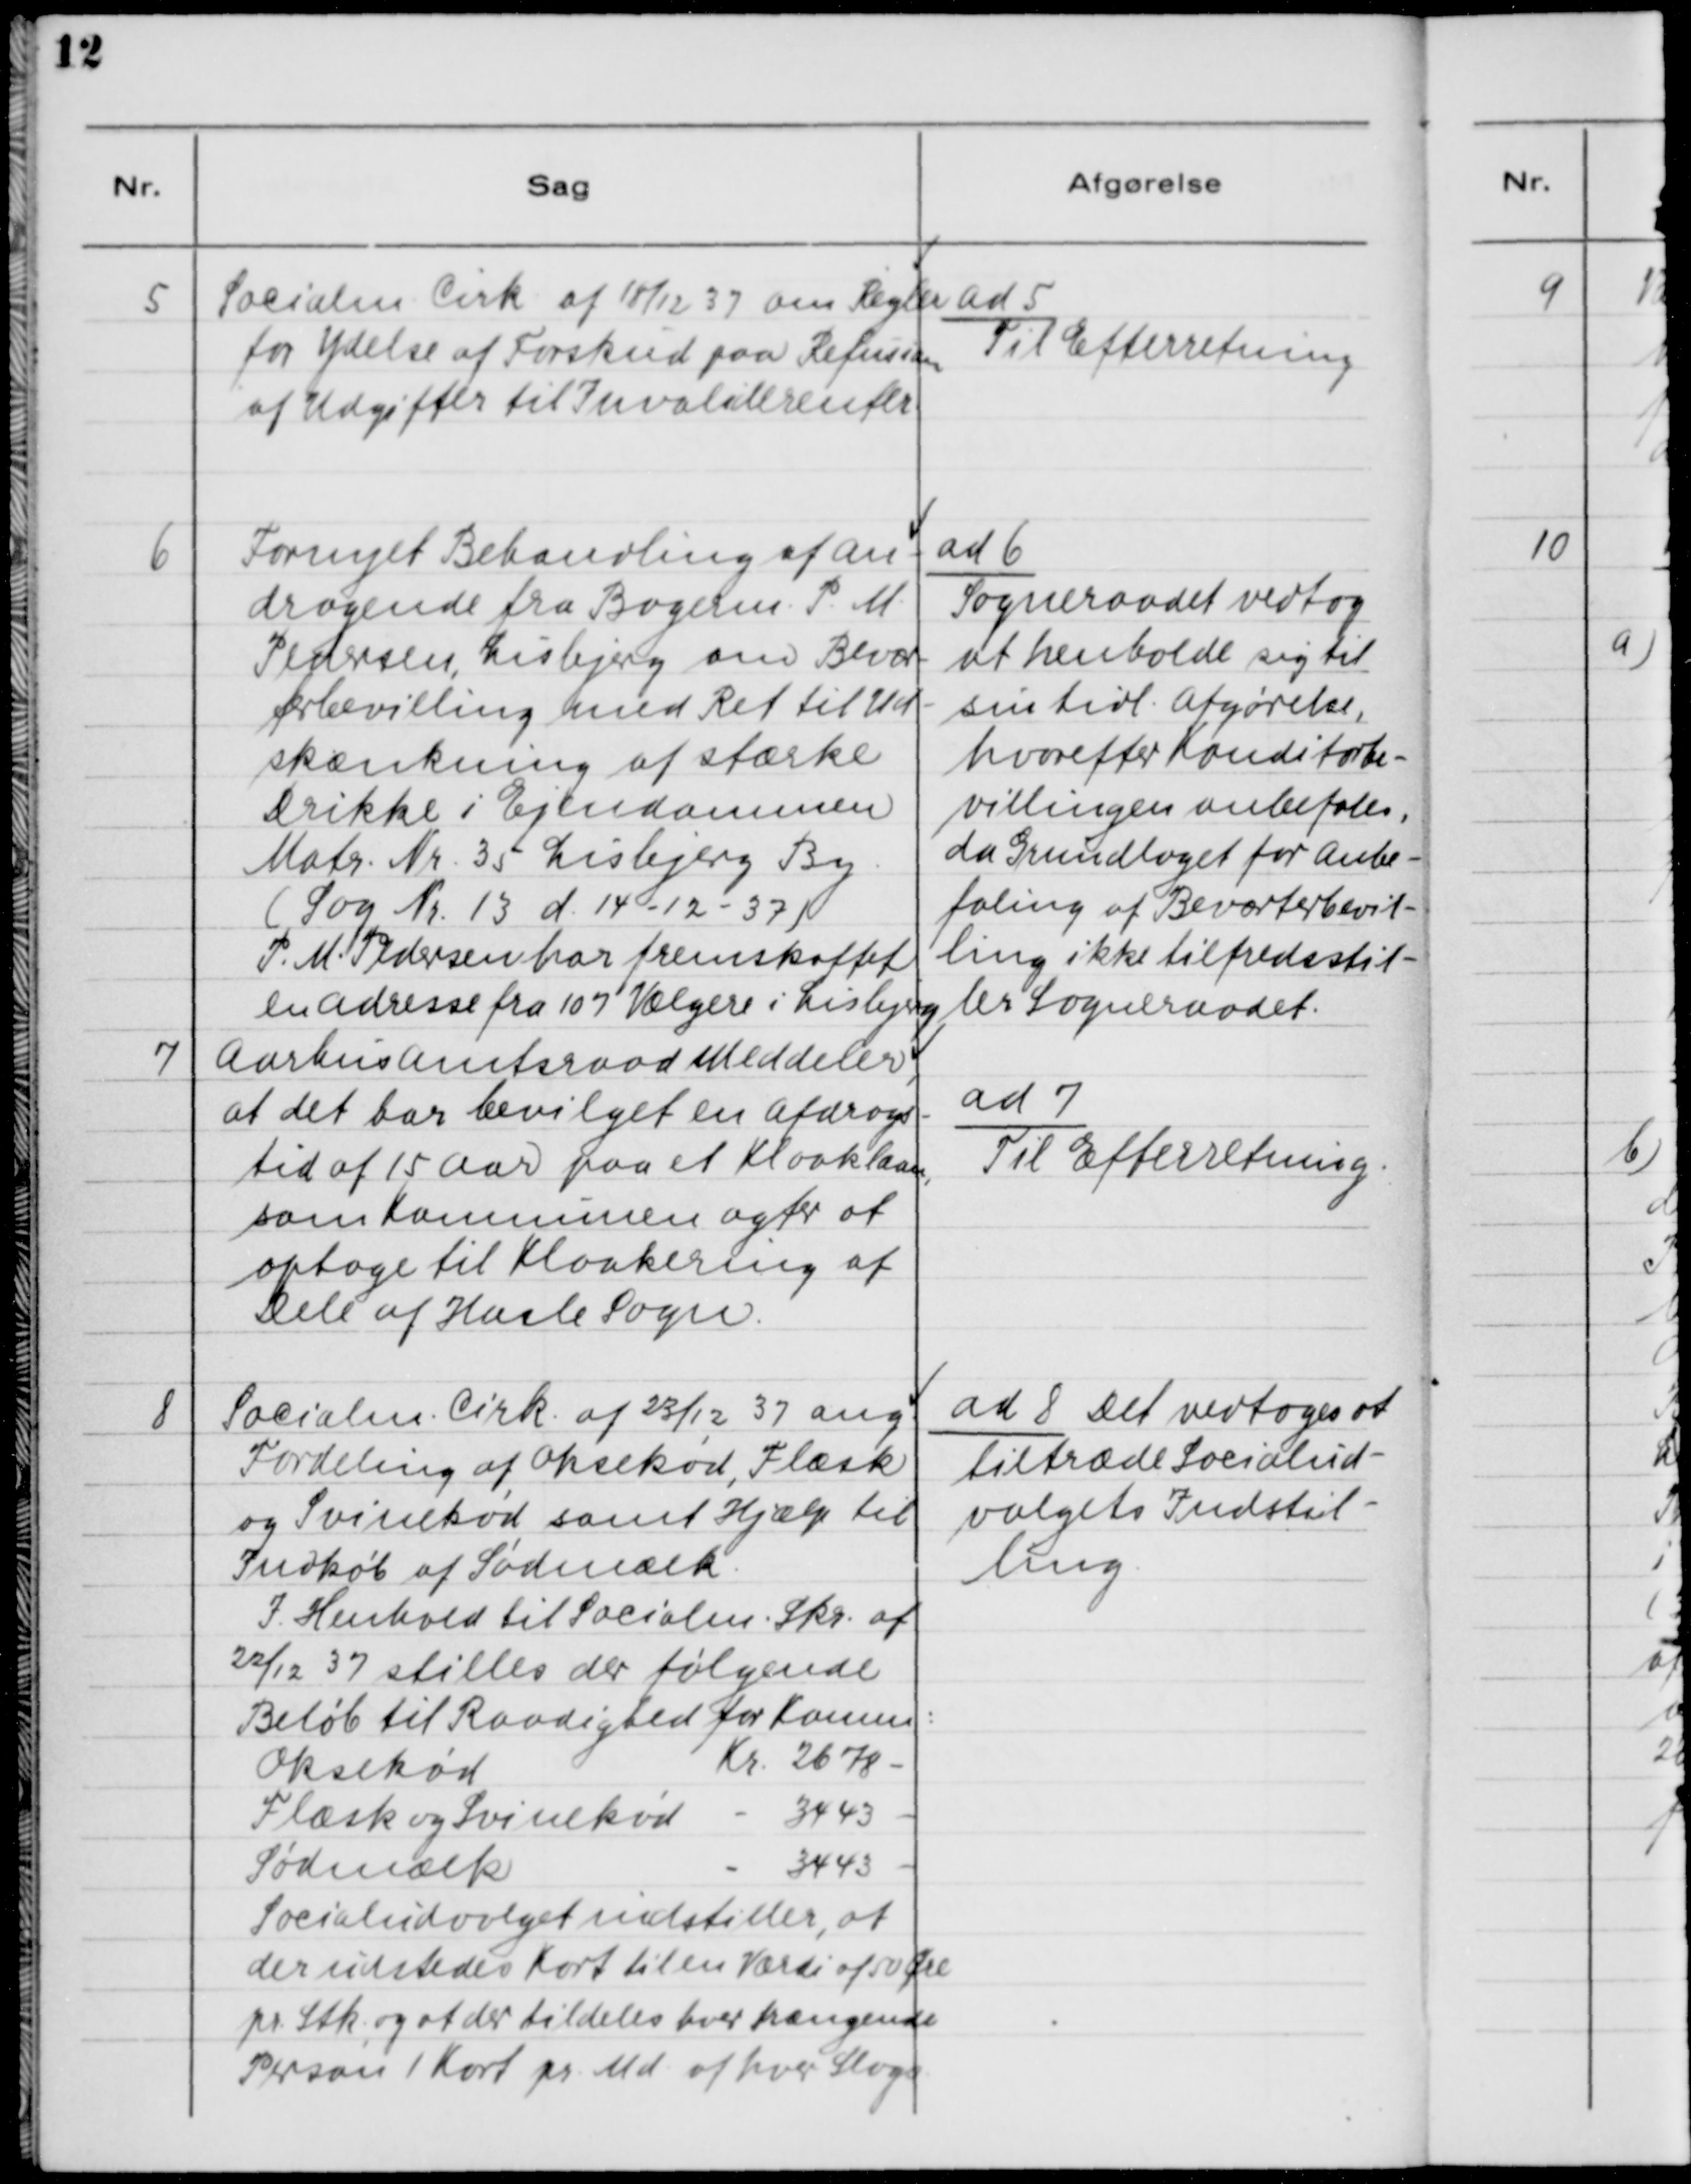
Transskription:
5. Socialm. Cirk. af 18/12 37 om Regler
for Ydelse af Forskud paa Refussion
af Udgifter til Invaliderenter.

ad 5.
Til Efterretning

6 Fornyet Behandling af An-
dragende fra Bagerm. P. M.
Pedersen, Lisbjerg om Bevær-
terbevilling med Ret til Ud-
skænkning af stærke
Drikke i Ejendommen
Matr. Nr. 35 Lisbjerg By.
(Sag Nr. 13 d. 14-12-37)
P. M. Pedersen har fremskaffet
en Adresse fra 107 Vælgere i Lisbjerg.

ad 6.
Sogneraadet vedtog
at henholde sig til
sin tidl. Afgørelse,
hvorefter Konditorbe-
villingen anbefales,
da Grundlaget for Anbe-
faling af Beværterbevil-
ling ikke tilfredsstil-
ler Sogneraadet.

7. Aarhus Amtsraad Meddeler,
at det har bevilget en Afdrags-
tid af 15 Aar paa et Kloaklaan,
som Kommunen agter at
optage til Kloakering af
Dele af Hasle Sogn.

ad 7.
Til Efterretning.

8. Socialm. Cirk. af 23/12 37 ang.
Fordeling af Oksekød, Flæsk
og Svinekød samt Hjælp til
Indkøb af Sødmælk.
I Henhold til Socialm. Skr. af
20/12 37 stilles der følgende
Beløb til Raadighed for Komm.:
Oksekød
Kr. 2678 -
Flæsk og Svinekød
Kr. 3443 -
Sødmælk
Kr. 3443 -
Socialudvalget indstiller, at
der udstedes Kort til en Værdi af 50 Øre
pr. Stk., og at der tildeles hver trængende
Person 1 Kort pr. Md. af hver Slags.

ad 8. Det vedtoges at
tiltræde Socialud-
valgets Indstil-
ling.